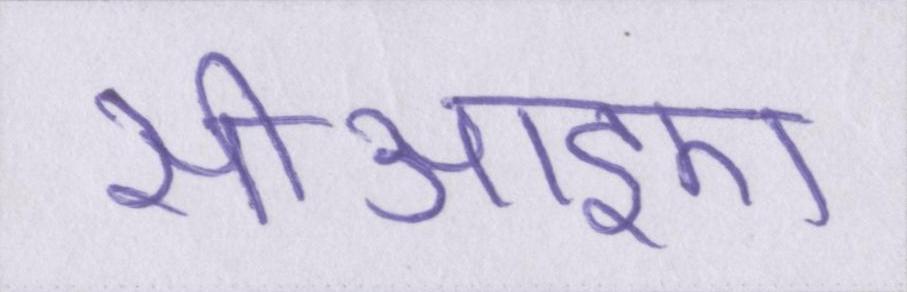
सीआइए